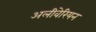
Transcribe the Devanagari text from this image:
अलीवेरियन